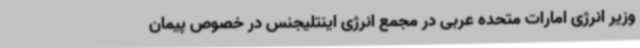
وزیر انرژی امارات متحده عربی در مجمع انرژی اینتلیجنس در خصوص پیمان